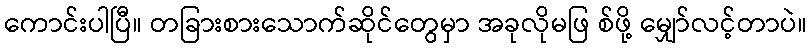
ကောင်းပါပြီ။ တခြားစားသောက်ဆိုင်တွေမှာ အခုလိုမဖြ စ်ဖို့ မျှော်လင့်တာပဲ။